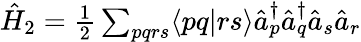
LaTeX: \begin{array}{r}{\hat{H}_{2}=\frac{1}{2}\sum_{pqrs}\langle pq|rs\rangle\hat{a}_{p}^{\dagger}\hat{a}_{q}^{\dagger}\hat{a}_{s}\hat{a}_{r}}\end{array}